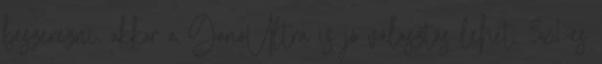
beszerezni, akkor a GanoUltra is jó választás lehet, 3x1-es